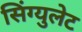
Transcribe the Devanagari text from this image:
सिंग्युलेट